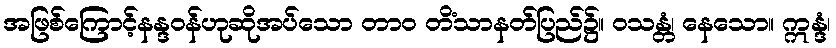
အဖြစ်ကြောင့်နန္ဒဝန်ဟုဆိုအပ်သော တာဝ တိံသာနတ်ပြည်၌။ ဝသန္တံ၊ နေသော။ ဣန္ဒံ၊